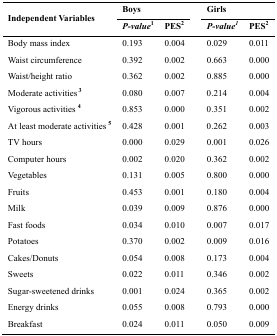
<table><thead><tr><td rowspan="3"><b>Independent Variables</b></td><td colspan="2"><b>Boys</b></td><td colspan="2"><b>Girls</b></td></tr><tr><td><b><i>P-value</i><sup>1</sup></b></td><td><b>PES<sup>2</sup></b></td><td><b><i>P-value<sup>1</sup></i></b></td><td><b>PES<sup>2</sup></b></td></tr></thead><tbody><tr><td>Body mass index</td><td>0.193</td><td>0.004</td><td>0.029</td><td>0.011</td></tr><tr><td>Waist circumference</td><td>0.392</td><td>0.002</td><td>0.663</td><td>0.000</td></tr><tr><td>Waist/height ratio</td><td>0.362</td><td>0.002</td><td>0.885</td><td>0.000</td></tr><tr><td>Moderate activities<sup>3</sup></td><td>0.080</td><td>0.007</td><td>0.214</td><td>0.004</td></tr><tr><td>Vigorous activities<sup>4</sup></td><td>0.853</td><td>0.000</td><td>0.351</td><td>0.002</td></tr><tr><td>At least moderate activities<sup>5</sup></td><td>0.428</td><td>0.001</td><td>0.262</td><td>0.003</td></tr><tr><td>TV hours</td><td>0.000</td><td>0.029</td><td>0.001</td><td>0.026</td></tr><tr><td>Computer hours</td><td>0.002</td><td>0.020</td><td>0.362</td><td>0.002</td></tr><tr><td>Vegetables</td><td>0.131</td><td>0.005</td><td>0.800</td><td>0.000</td></tr><tr><td>Fruits</td><td>0.453</td><td>0.001</td><td>0.180</td><td>0.004</td></tr><tr><td>Milk</td><td>0.039</td><td>0.009</td><td>0.876</td><td>0.000</td></tr><tr><td>Fast foods</td><td>0.034</td><td>0.010</td><td>0.007</td><td>0.017</td></tr><tr><td>Potatoes</td><td>0.370</td><td>0.002</td><td>0.009</td><td>0.016</td></tr><tr><td>Cakes/Donuts</td><td>0.054</td><td>0.008</td><td>0.173</td><td>0.004</td></tr><tr><td>Sweets</td><td>0.022</td><td>0.011</td><td>0.346</td><td>0.002</td></tr><tr><td>Sugar-sweetened drinks</td><td>0.001</td><td>0.024</td><td>0.365</td><td>0.002</td></tr><tr><td>Energy drinks</td><td>0.055</td><td>0.008</td><td>0.793</td><td>0.000</td></tr><tr><td>Breakfast</td><td>0.024</td><td>0.011</td><td>0.050</td><td>0.009</td></tr></tbody></table>